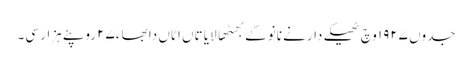
جدوں ١٩٢٧ وچ ٹھیکے دار نے نانوکے بھٹھا لایا تاں اٹاں دا بھاء ٢٧ روپئے ہزار سی۔